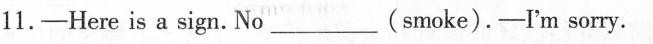
11.-Here is a sign. No ___ (smoke).-I'm sorry.